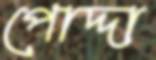
পোদ্দা